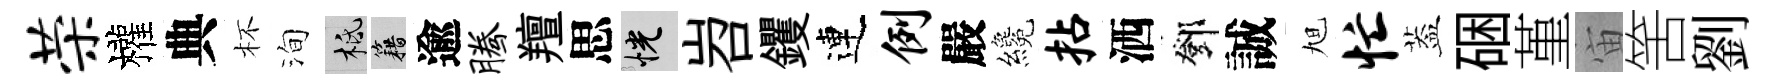
荣權典杯洵柢籍逾腾羶思恍岧钁連例嚴纔拈洒鄧誠旭忙葢硱堇宙筈劉